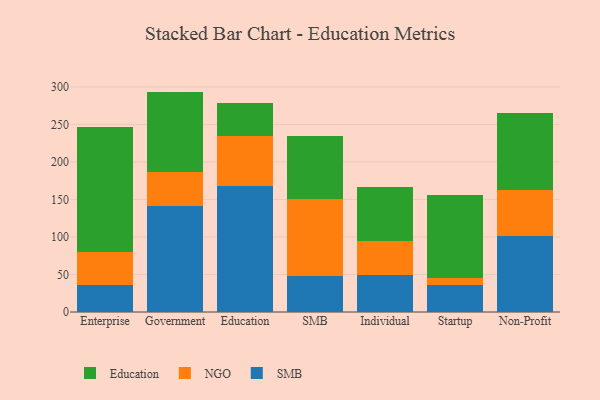
{"axis": {"x": "Segment", "y": "LTV (USD)"}, "legend": ["Education", "NGO", "SMB"], "data": [{"x": "Enterprise", "y": 35.5, "type": "SMB"}, {"x": "Enterprise", "y": 44.6, "type": "NGO"}, {"x": "Enterprise", "y": 165.9, "type": "Education"}, {"x": "Government", "y": 141.9, "type": "SMB"}, {"x": "Government", "y": 45.3, "type": "NGO"}, {"x": "Government", "y": 106.6, "type": "Education"}, {"x": "Education", "y": 168.2, "type": "SMB"}, {"x": "Education", "y": 66.2, "type": "NGO"}, {"x": "Education", "y": 44.2, "type": "Education"}, {"x": "SMB", "y": 47.7, "type": "SMB"}, {"x": "SMB", "y": 102.4, "type": "NGO"}, {"x": "SMB", "y": 84.8, "type": "Education"}, {"x": "Individual", "y": 48.7, "type": "SMB"}, {"x": "Individual", "y": 46.6, "type": "NGO"}, {"x": "Individual", "y": 71.8, "type": "Education"}, {"x": "Startup", "y": 35.5, "type": "SMB"}, {"x": "Startup", "y": 9.7, "type": "NGO"}, {"x": "Startup", "y": 111.3, "type": "Education"}, {"x": "Non-Profit", "y": 101.8, "type": "SMB"}, {"x": "Non-Profit", "y": 60.3, "type": "NGO"}, {"x": "Non-Profit", "y": 102.7, "type": "Education"}]}